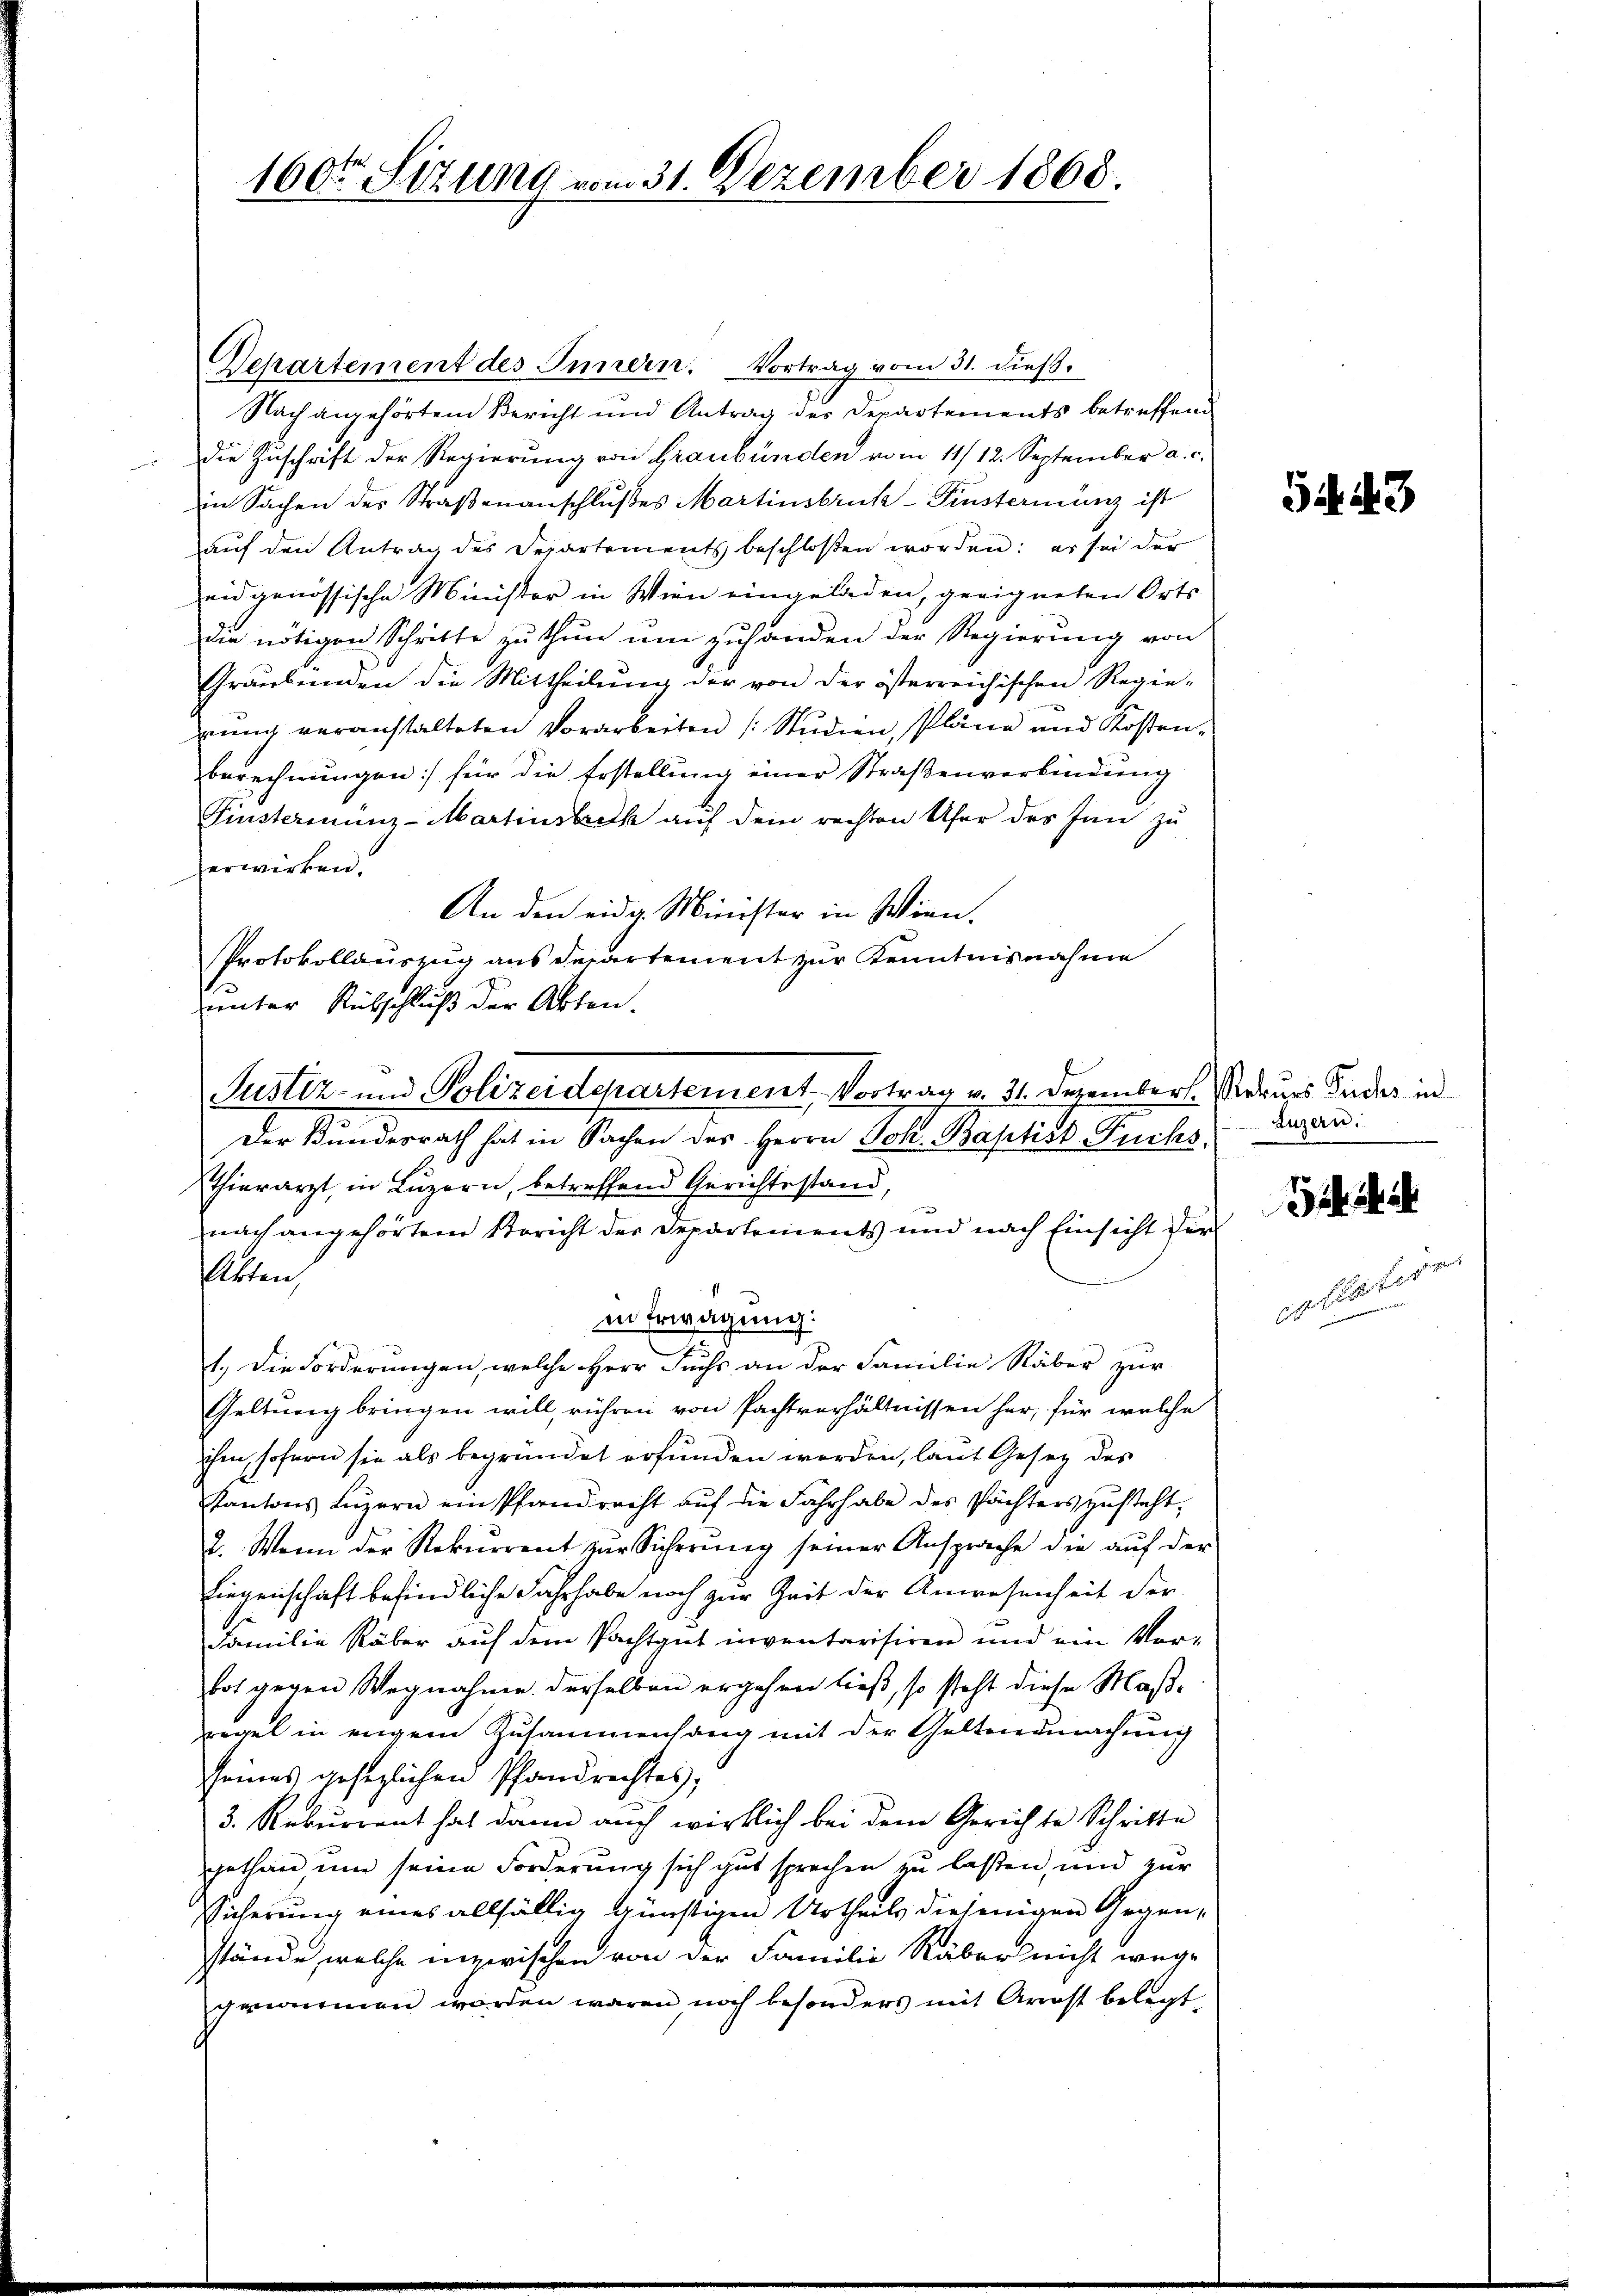
160ten Sitzung vom 31. Dezember 1868.

Departement des Innern. Vortrag vom 31. dieβ.
Nach angehörtem Bericht und Antrag des Departements betreffend
die Zuschrift der Regierung von Graubünden vom 11/12. September a. c.
in Sachen des Straβenanschlußes Martinsbruck-Finsterienz ist
aŭf den Antrag des Departements beschlosen worden: er sei der
eidgenössische Minister in Wien eingeladen, geeigneten Orts
die nötigen Schritte zu thun um zuhanden der Regierung von
Graubünden die Mittheilŭng der von der österreichischen Regie-
rung veranstalteten Vorarbeiten Studien, Pläne und Kosten
berechnungen für die Erstellung einer Straßenverbindung
Finstermünz- Martinstreck auf dem rechten Ufer des Inn zu
verwirken.
An den eidg. Minister in Wien.
Protokollauszug aus Departement zur Kenntnisnahme
Der Bundesrath hat in Sachen des Herrn Joh. Baptist Fuchs
thierarzt, in Luzern, betreffend Gerichtsstand,
nach angehörtem Bericht der Departements und nach Einsicht der
Arten
in Erwägung:
.
1. Die Forderungen, welche Herr Fuchs an der Familie Räber zur
Geltung bringen will, rühren von Pachtverhältnissen her, für welche
ihm, sofern sie als begründet erfunden werden, laut Gesetz des
Kantons Luzern ein Pfandrecht auf die Fahrhabe des Pächters zusteht,
2. Wenn der Rekurrent zur Sicherung seiner Ansprache die aŭf der
Liegenschaft befindliche Fahrhabe noch zur Zeit der Anwesenheit der
Familie Räber auf dem Pachtgut inventarisiren und ein Ver-
bot gegen Wegnahme derselben ergehen ließ, so steht diese Maßregel in eigem Zusammenhang mit der Geltnedmachung
seines gesezlichen Pfandrechtes;
3. Rekurrent hat dann auch wirklich bei dem Gerichte Schritte
gethan um seine Forderung sich gut sprechen zu lassen, und zur
Sicherung eines allfällig günstigen Urtheils diejenigen Gegenstände, welche inzwischen von der Familie Räber nicht wege
genommen worden wären noch besonders mit Arrost belegt,

unter Rutschluß der Akten.
Justiz- und Polizeidepartement, Vortrag v. 31. Dezember. Neues Pudes in

Luzern.

5443

olster